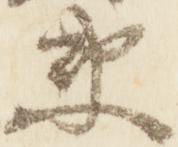
衛